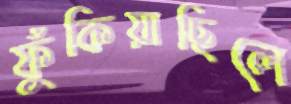
ফুঁকিয়াছিলে